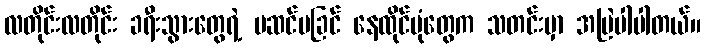
လတိုင်းလတိုင်း ခရီးသွားတွေရဲ့ မဆင်မခြင် နေထိုင်ပုံတွေက သတင်းမှာ အမြဲပါပါတယ်။